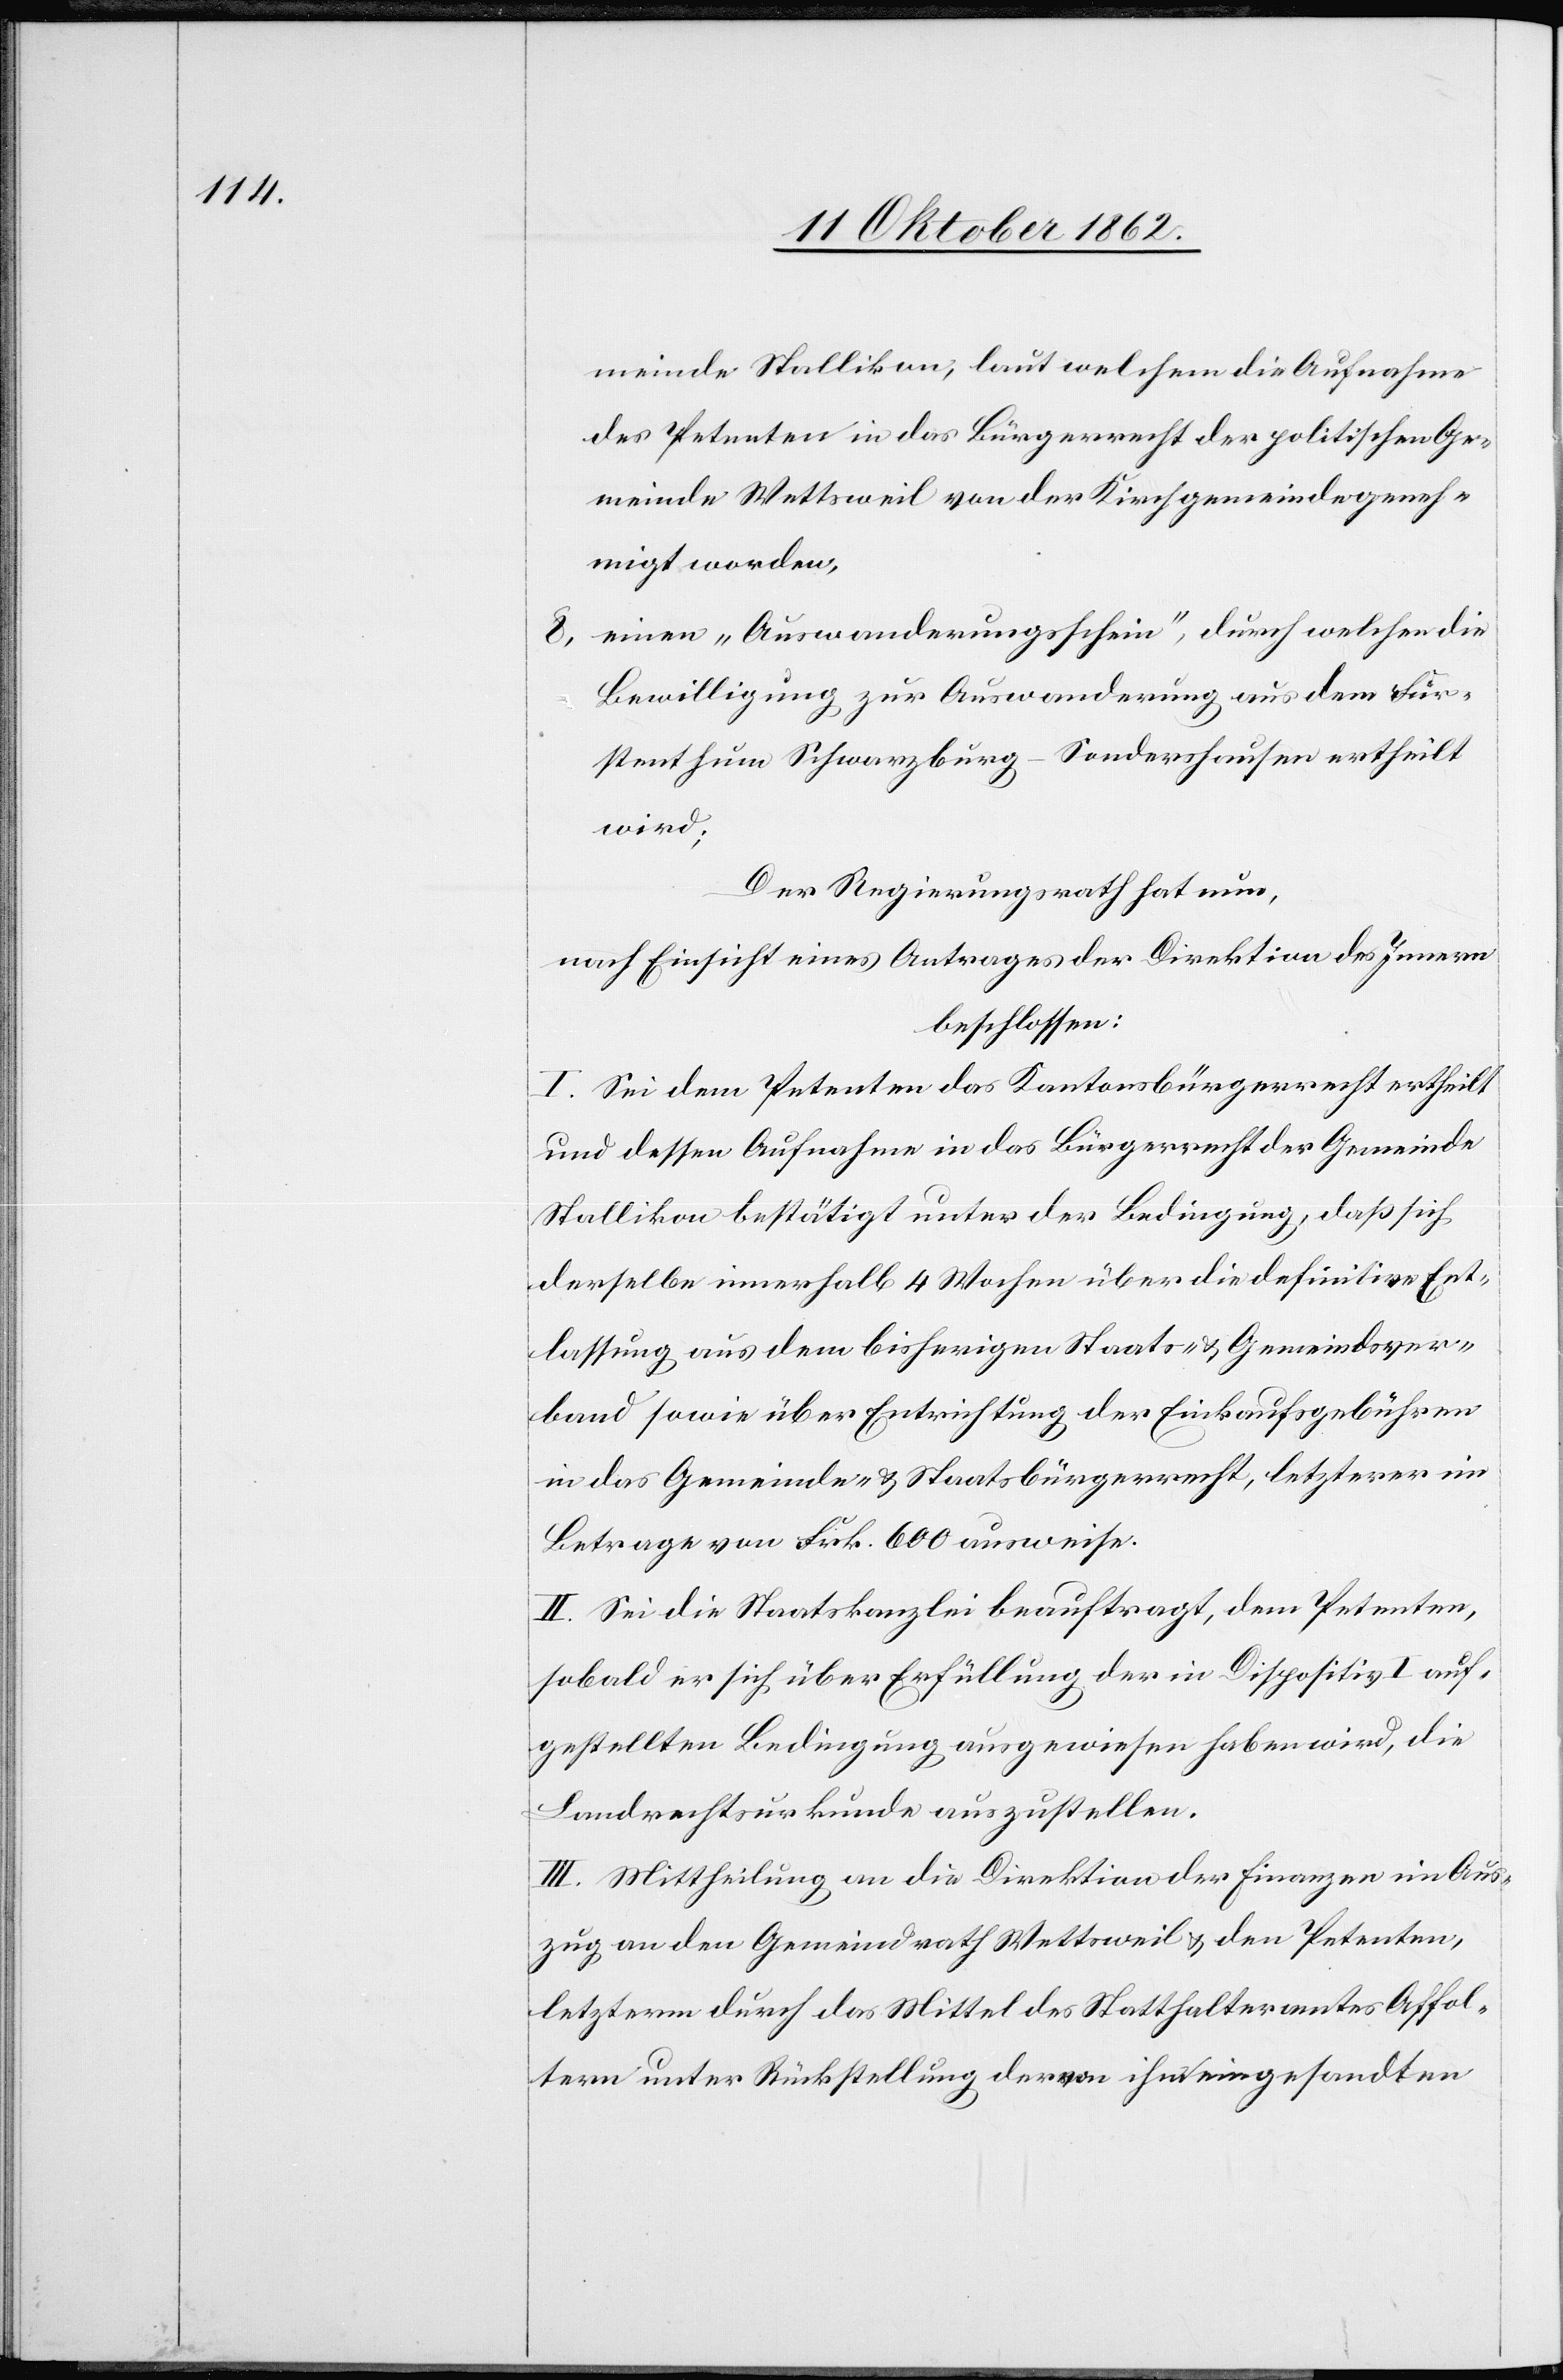
gemeinde Stallikon, laut welchem die Aufnahme
des Petenten in das Bürgerrecht der politischen Ge¬
meinde Wettsweil von der Kirchgemeinde geneh¬
migt werde.
8. einen „Auswanderungsschein“, durch welchen die
Bewilligung zur Auswanderung aus dem Für¬
stenthum Schwarzburg-Sondershausen ertheilt
wird,
Der Regierungsrath hat nun,
nach Einsicht eines Antrages der Direktion des Innern
beschlossen:
I. Sei dem Petenten das Kantonsbürgerrecht ertheilt
und dessen Aufnahme in das Bürgerrecht der Gemeinde
Stallikon bestätigt unter der Bedingung, daß sich
derselbe innerhalb 4 Wochen über die definitive Ent¬
lassung aus dem bisherigen Staats- u. Gemeindsver¬
band sowie über Entrichtung der Einkaufsgebühren
in das Gemeinde- u. Staatsbürgerrecht, letzterer im
Betrage von Frk. 600 ausweise.
II. Sei die Staatskanzlei beauftragt, dem Petenten,
sobald er sich über Erfüllung der in Dispositiv I auf¬
gestellten Bedingung ausgewiesen haben wird, die
Landrechtsurkunde auszustellen.
III. Mittheilung an die Direktion der Finanzen im Aus¬
zug an den Gemeindrath Wettsweil u. den Petenten,
letzterm durch das Mittel des Statthalteramtes Affol¬
tern unter Rückstellung der von ihm eingesandten